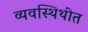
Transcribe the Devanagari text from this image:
व्यवस्थिथीत